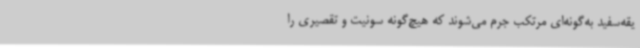
یقه‌سفید به‌گونه‌ای مرتکب جرم می‌شوند که هیچ‌گونه سونیت و تقصیری را